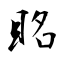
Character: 眳